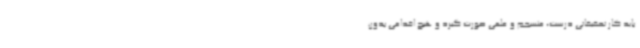
باید کار تحقیقاتی درست، منسجم و علمی صورت گیرد و هیچ اقدامی بدون